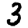
Digit: 3